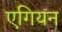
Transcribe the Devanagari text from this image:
एगियन